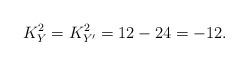
LaTeX: \begin{align*}K_Y^2=K_{Y^{\prime}}^2=12-24=-12.\end{align*}